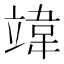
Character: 𫁨